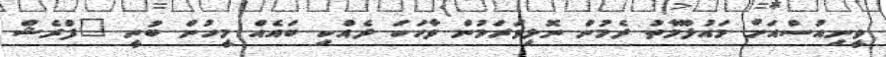
ވީނިއުސްއަށް މައުލޫމާތު ދެމުން ނޮޅިވަރަމުން ވާހަކަ ދެއްކި ބައެއް މީހުން ބުނީ "ފްރެޝް